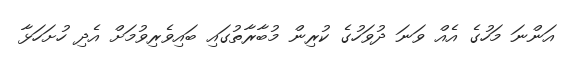
އަންނަ މަހުގެ އެއް ވަނަ ދުވަހުގެ ކުރިން މުބާރާތުގައި ބައިވެރިވުމަށް އެދި ހުށަހަޅާ